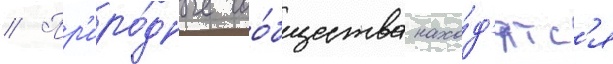
// Пр'иро́дные соо́бщества нахо́д'ятс'я